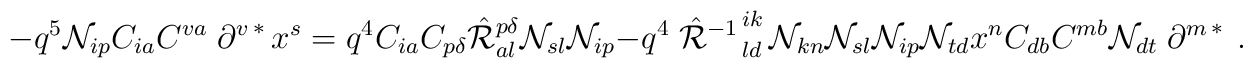
-q^5{\cal N}_{ip}C_{ia}C^{va}\left.\partial^v\right.^*x^s=q^{4}C_{ia}C_{p\delta}\hat{\cal R}^{p\delta}_{al}{\cal N}_{sl}{\cal N}_{ip}-q^4\left.\hat{\cal R}^{-1}\right.^{ik}_{ld}{\cal N}_{kn}{\cal N}_{sl}{\cal N}_{ip}{\cal N}_{td}x^nC_{db}C^{mb}{\cal N}_{dt}\left.\partial^m\right.^*~.